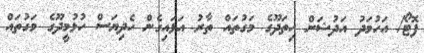
ފޮޓޯ/ އަހުމަދު އަދުޝަން ހިތަދޫގެ މަގުތައް ތާރު އަޅައިގެން ހެދިޔަސް ހުޅުމީދޫގެ މަގުތައް